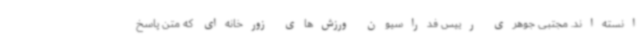
انسته‌اند. مجتبی جوهری رییس فدراسیون ورزش‌های زورخانه‌ای که متن پاسخ